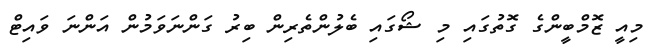
މިއީ ޒޮމްބީންގެ ގޮތުގައި މި ޝޯގައި ބެލުންތެރިން ބިރު ގަންނަވަމުން އަންނަ ވައިޓް